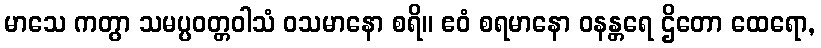
မာသေ ကတွာ သမပ္ပဝတ္တဝါသံ ဝသမာနော စရိ။ ဧဝံ စရမာနော ဝနန္တရေ ဌိတော ထေရော,